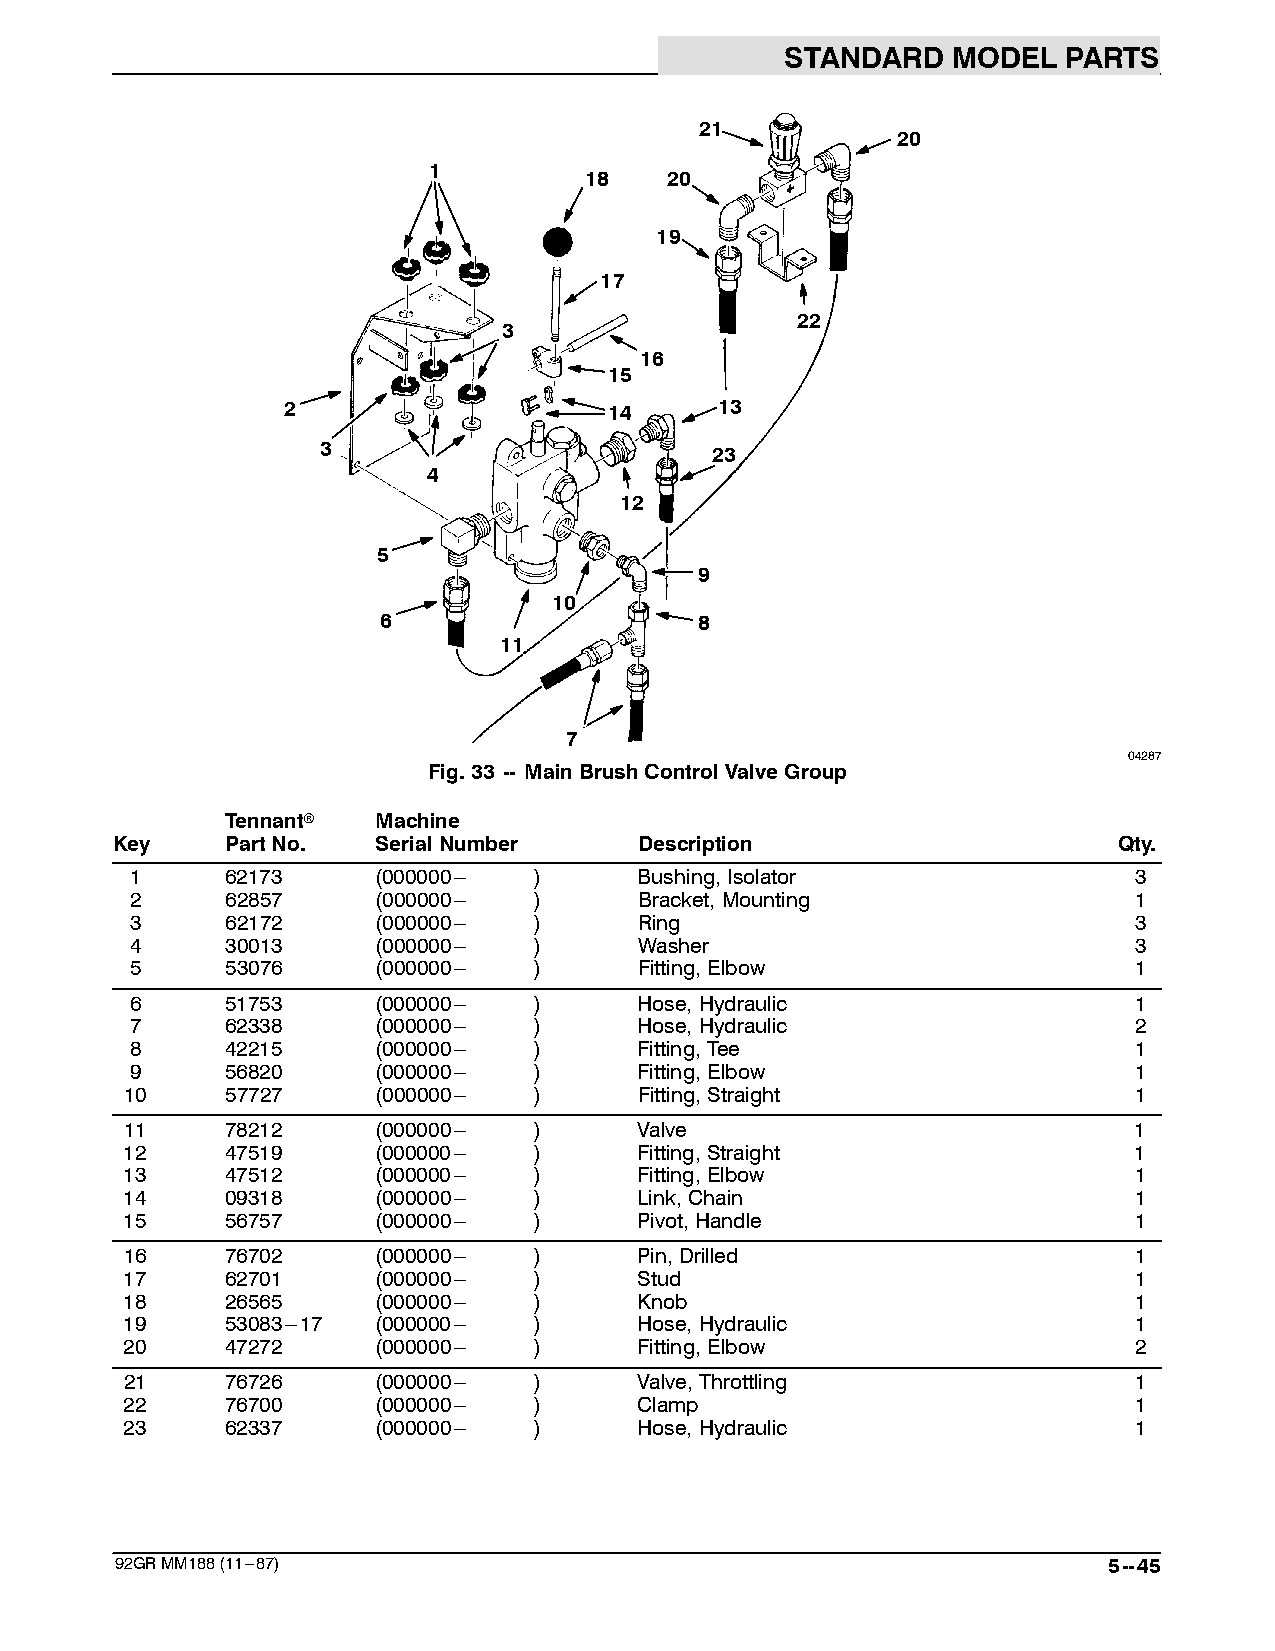
STANDARD   MODEL   PARTS
 21
 20
 1
 18   20
 19
 17
 22
 3
 16
 15
 2                    14      13
 3                         23
 4
 12
 5
 9
 10
 6                    8
 11
 7
 04287
 Fig.33 -- MainBrushControlValveGroup
 Tennantr  Machine
 Key     PartNo.   SerialNumber     Description                     Qty.
 1     62173     (000000--- )     Bushing,Isolator                 3
 2     62857     (000000--- )     Bracket,Mounting                 1
 3     62172     (000000--- )     Ring                             3
 4     30013     (000000--- )     Washer                           3
 5     53076     (000000--- )     Fitting,Elbow                    1
 6     51753     (000000--- )     Hose,Hydraulic                   1
 7     62338     (000000--- )     Hose,Hydraulic                   2
 8     42215     (000000--- )     Fitting,Tee                      1
 9     56820     (000000--- )     Fitting,Elbow                    1
 10     57727     (000000--- )     Fitting,Straight                 1
 11     78212     (000000--- )     Valve                            1
 12     47519     (000000--- )     Fitting,Straight                 1
 13     47512     (000000--- )     Fitting,Elbow                    1
 14     09318     (000000--- )     Link,Chain                       1
 15     56757     (000000--- )     Pivot,Handle                     1
 16     76702     (000000--- )     Pin,Drilled                      1
 17     62701     (000000--- )     Stud                             1
 18     26565     (000000--- )     Knob                             1
 19     53083---17 (000000--- )    Hose,Hydraulic                   1
 20     47272     (000000--- )     Fitting,Elbow                    2
 21     76726     (000000--- )     Valve,Throttling                 1
 22     76700     (000000--- )     Clamp                            1
 23     62337     (000000--- )     Hose,Hydraulic                   1
 92GRMM188(11---87)                                               5--45